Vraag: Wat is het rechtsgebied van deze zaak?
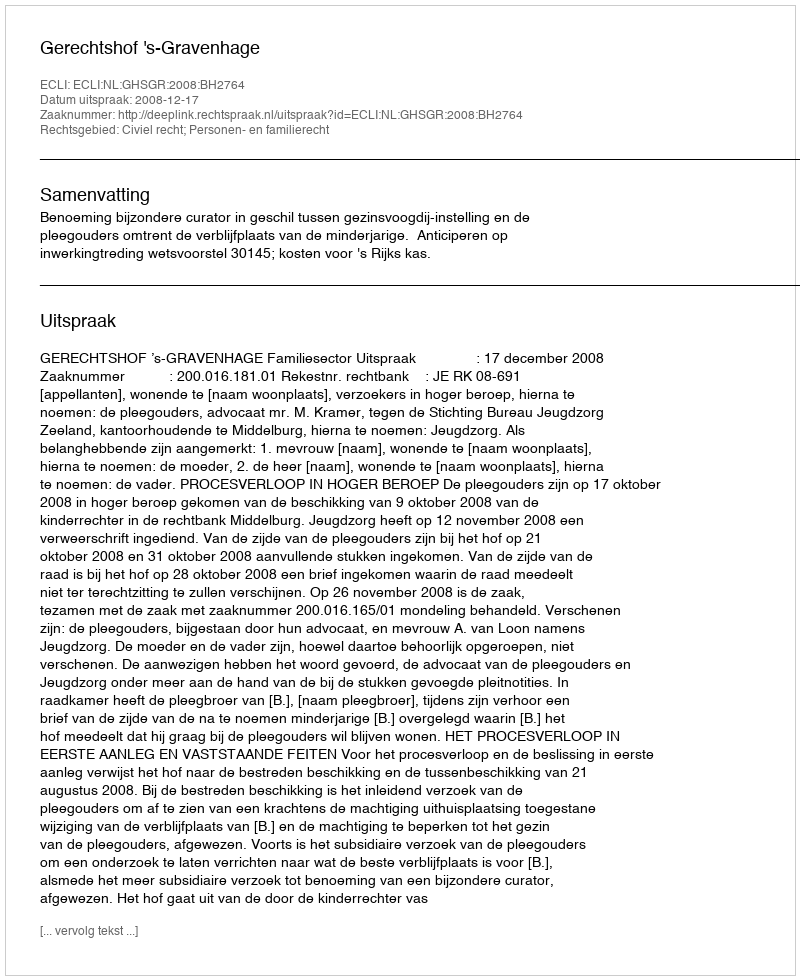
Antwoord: Civiel recht; Personen- en familierecht